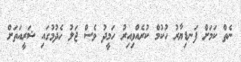
ނެތް ކަމަށް ފަނޑިޔާރު ހުކުމް ކުރެއްވިއިރު ހަމީދު ވެސް ޖަލު ހެދުމުގައި ޝަރީއަތަށް